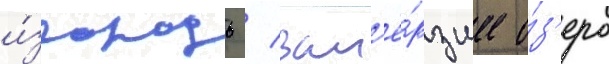
и́згородь / зам'ё́рзшее о́з'еро